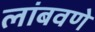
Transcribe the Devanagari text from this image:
लांबवणे